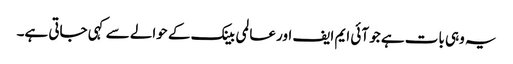
یہ وہی بات ہے جو آئی ایم ایف اور عالمی بینک کے حوالے سے کہی جاتی ہے۔